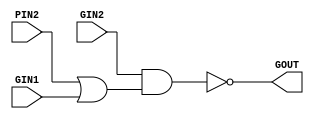
module smblock1a ( PIN2, GIN1, GIN2, GOUT );
   input  PIN2;
   input  GIN1;
   input  GIN2;
   output GOUT;
   assign GOUT =  ~ (GIN2 & (PIN2 | GIN1));
endmodule